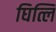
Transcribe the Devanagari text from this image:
घित्लि